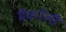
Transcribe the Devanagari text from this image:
मैकनेली